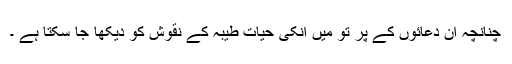
چنانچہ ان دعائوں کے پر تو میں انکی حیات طیبہ کے نقوش کو دیکھا جا سکتا ہے ۔